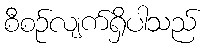
စီစဉ်လျက်ရှိပါသည်